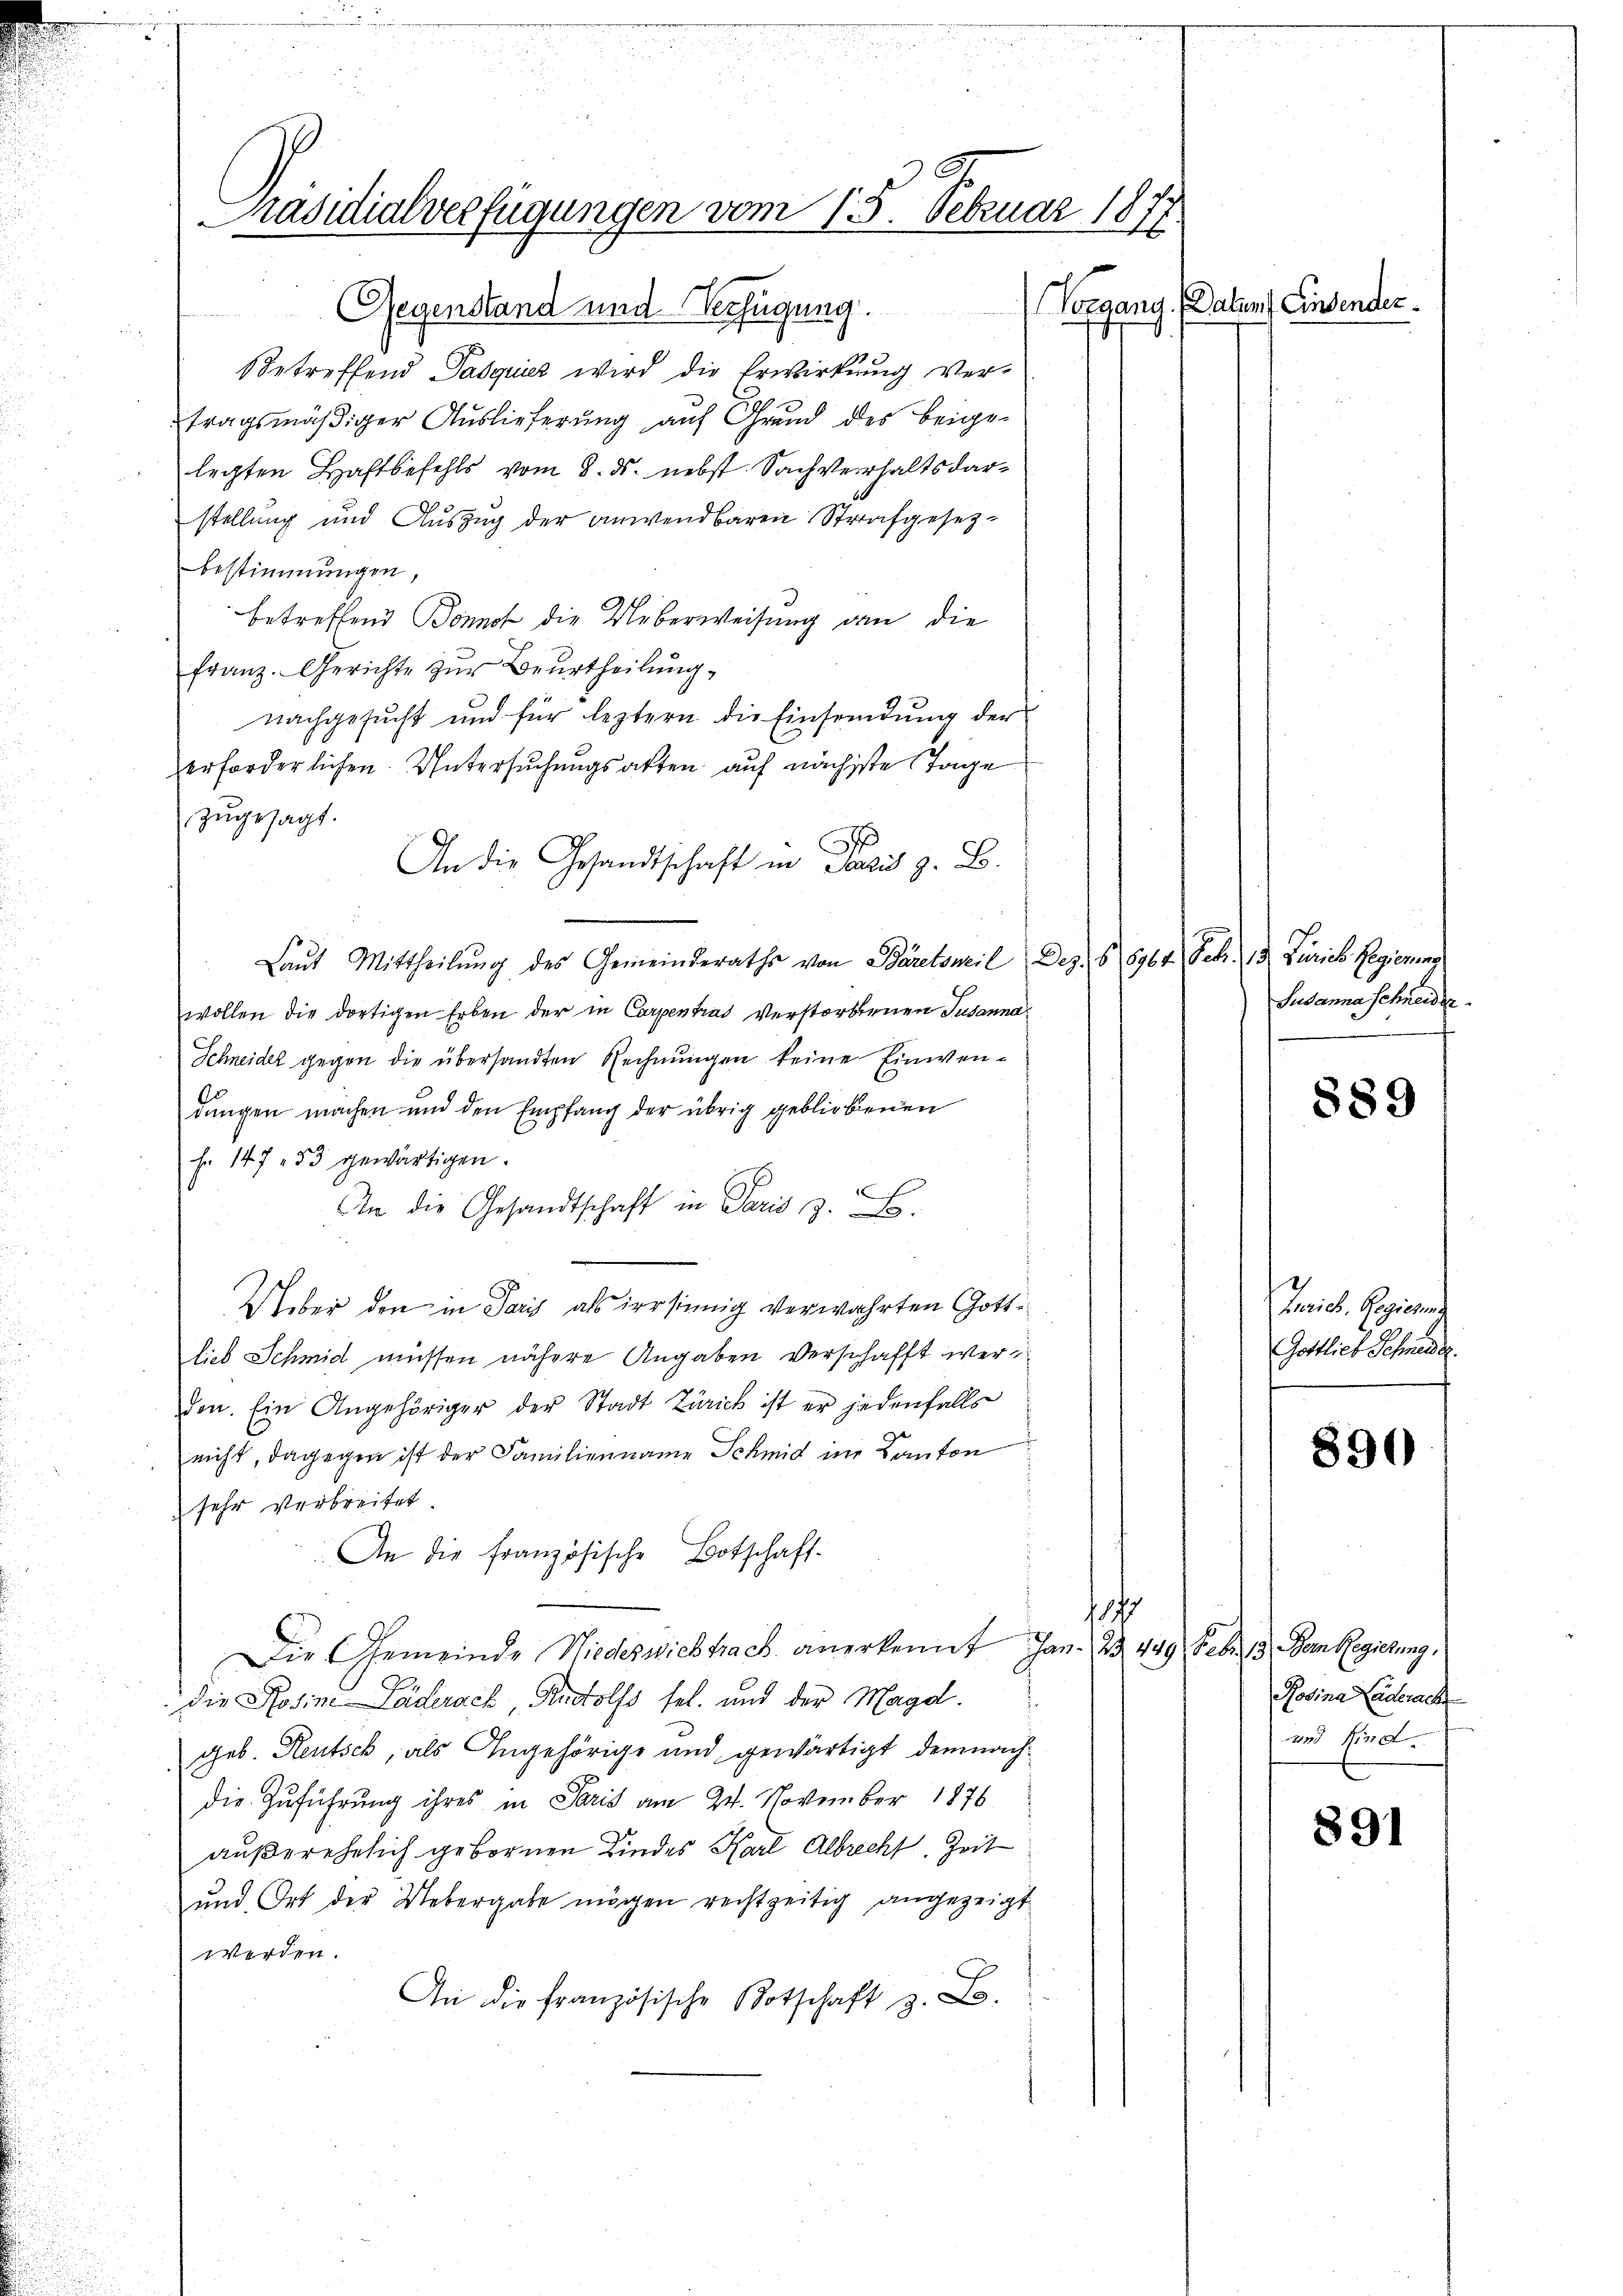
Präsidialverfügungen vom 15. Februar 1877

Gegenstand und Verfügung.
Betreffend Pasquier wird die Erwirkung ver-
tragsmäßiger Auslieferung auf Grund des beige-
legten Haftbefehls vom 8. ds. nebst Sachverhalts darstellung und Auszug der anwendbaren Strafgesezbestimmungen,
betreffend Bonnot die Ueberweisung an die
Franz. Gerichte zur Beurtheilung,
nachgesucht und für leztern die Einsendung der
erforderlichen Untersuchungsakten auf nächste Tage
zugesagt.
An die Gesandtschaft in Paris z. B.
Laŭt Mittheilŭng des Gemeinderaths von Bäretsweil Dez. § 6964. Febr. 13. Zürich Regienis
wollen die dortigen Erben der in Corpentrat verstorbenen Susanna¬
Schneider gegen die übersandten Rechnungen keine Einwendungen machen und den Empfang der übrig gebliebenen
f. 147. 53 gewärtigen.
In die Gesandtschaft in Paris z. B.
Ueber den in Paris als irrsinnig verwahrten Gottlieb Schmid müssen nähere Angaben verschafft werden. Ein Angehöriger der Stadt Zürich ist er jedenfalls
nicht, dagegen ist der Familienname Schmid in Kanton
i
sehr verbreitet.
An die französische Botschaft.
1177
Die Gemeinde Niederwichtrach anerkennt Jan. 23. 449 Febr. 13. Dem Regierung,
die Rosine Läderach, Rudolfs sel. und der Magd.
geb. Heutsch, als Angehörige und gewärtigt demnachdie Zuführung ihres in Paris am 24. November 1876
außerehelich gebornen Kindes Karl Albrecht. Zeit
und Ort der Uebergabe mögen rechtzeitig angezeigt
werden.
An die französische Botschaft z. B.

Vorgang. (Datum Einsender

Susanna Schneider

889

Turich, Regierung
Gottlieb Schneide

890

Rosina Laderach
und Kind

891